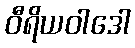
ဝီရိယဝါဒေါ